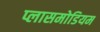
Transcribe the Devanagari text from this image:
प्लासमोडियम